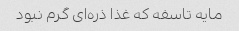
مایه تاسفه که غذا ذره‌ای گرم نبود